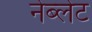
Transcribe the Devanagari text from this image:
नेब्लेट